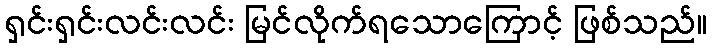
ရှင်းရှင်းလင်းလင်း မြင်လိုက်ရသောကြောင့် ဖြစ်သည်။